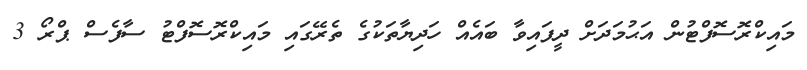
މައިކްރޮސޮފްޓުން އަޙުމަދަށް ދީފައިވާ ބައެއް ހަދިޔާތަކުގެ ތެރޭގައި މައިކްރޮސޮފްޓު ސާފެސް ޕްރޯ 3